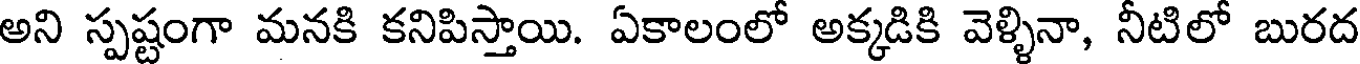
అని స్పష్టంగా మనకి కనిపిస్తాయి. ఏకాలంలో అక్కడికి వెళ్ళినా, నీటిలో బురద